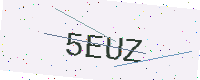
Text: 5EUZ